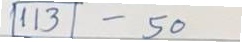
113 - 50